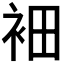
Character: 𲀩